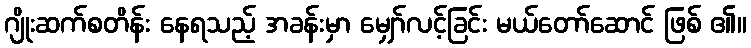
ဂျိုးဆက်စတိန်း နေရသည့် အခန်းမှာ မျှော်လင့်ခြင်း မယ်တော်ဆောင် ဖြစ် ၏။